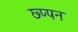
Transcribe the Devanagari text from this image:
छ्प्पन